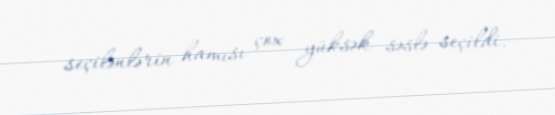
seçilənlərin hamısı çox yüksək səslə seçildi.